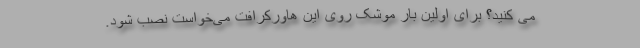
می کنید؟ برای اولین بار موشک روی این هاورکرافت می‌خواست نصب شود.